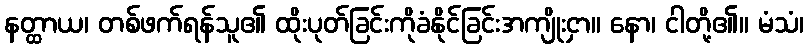
နတ္ထာယ၊ တစ်ဖက်ရန်သူ၏ ထိုးပုတ်ခြင်းကိုခံနိုင်ခြင်းအကျိုးငှာ။ နော၊ ငါတို့၏။ မံသံ၊